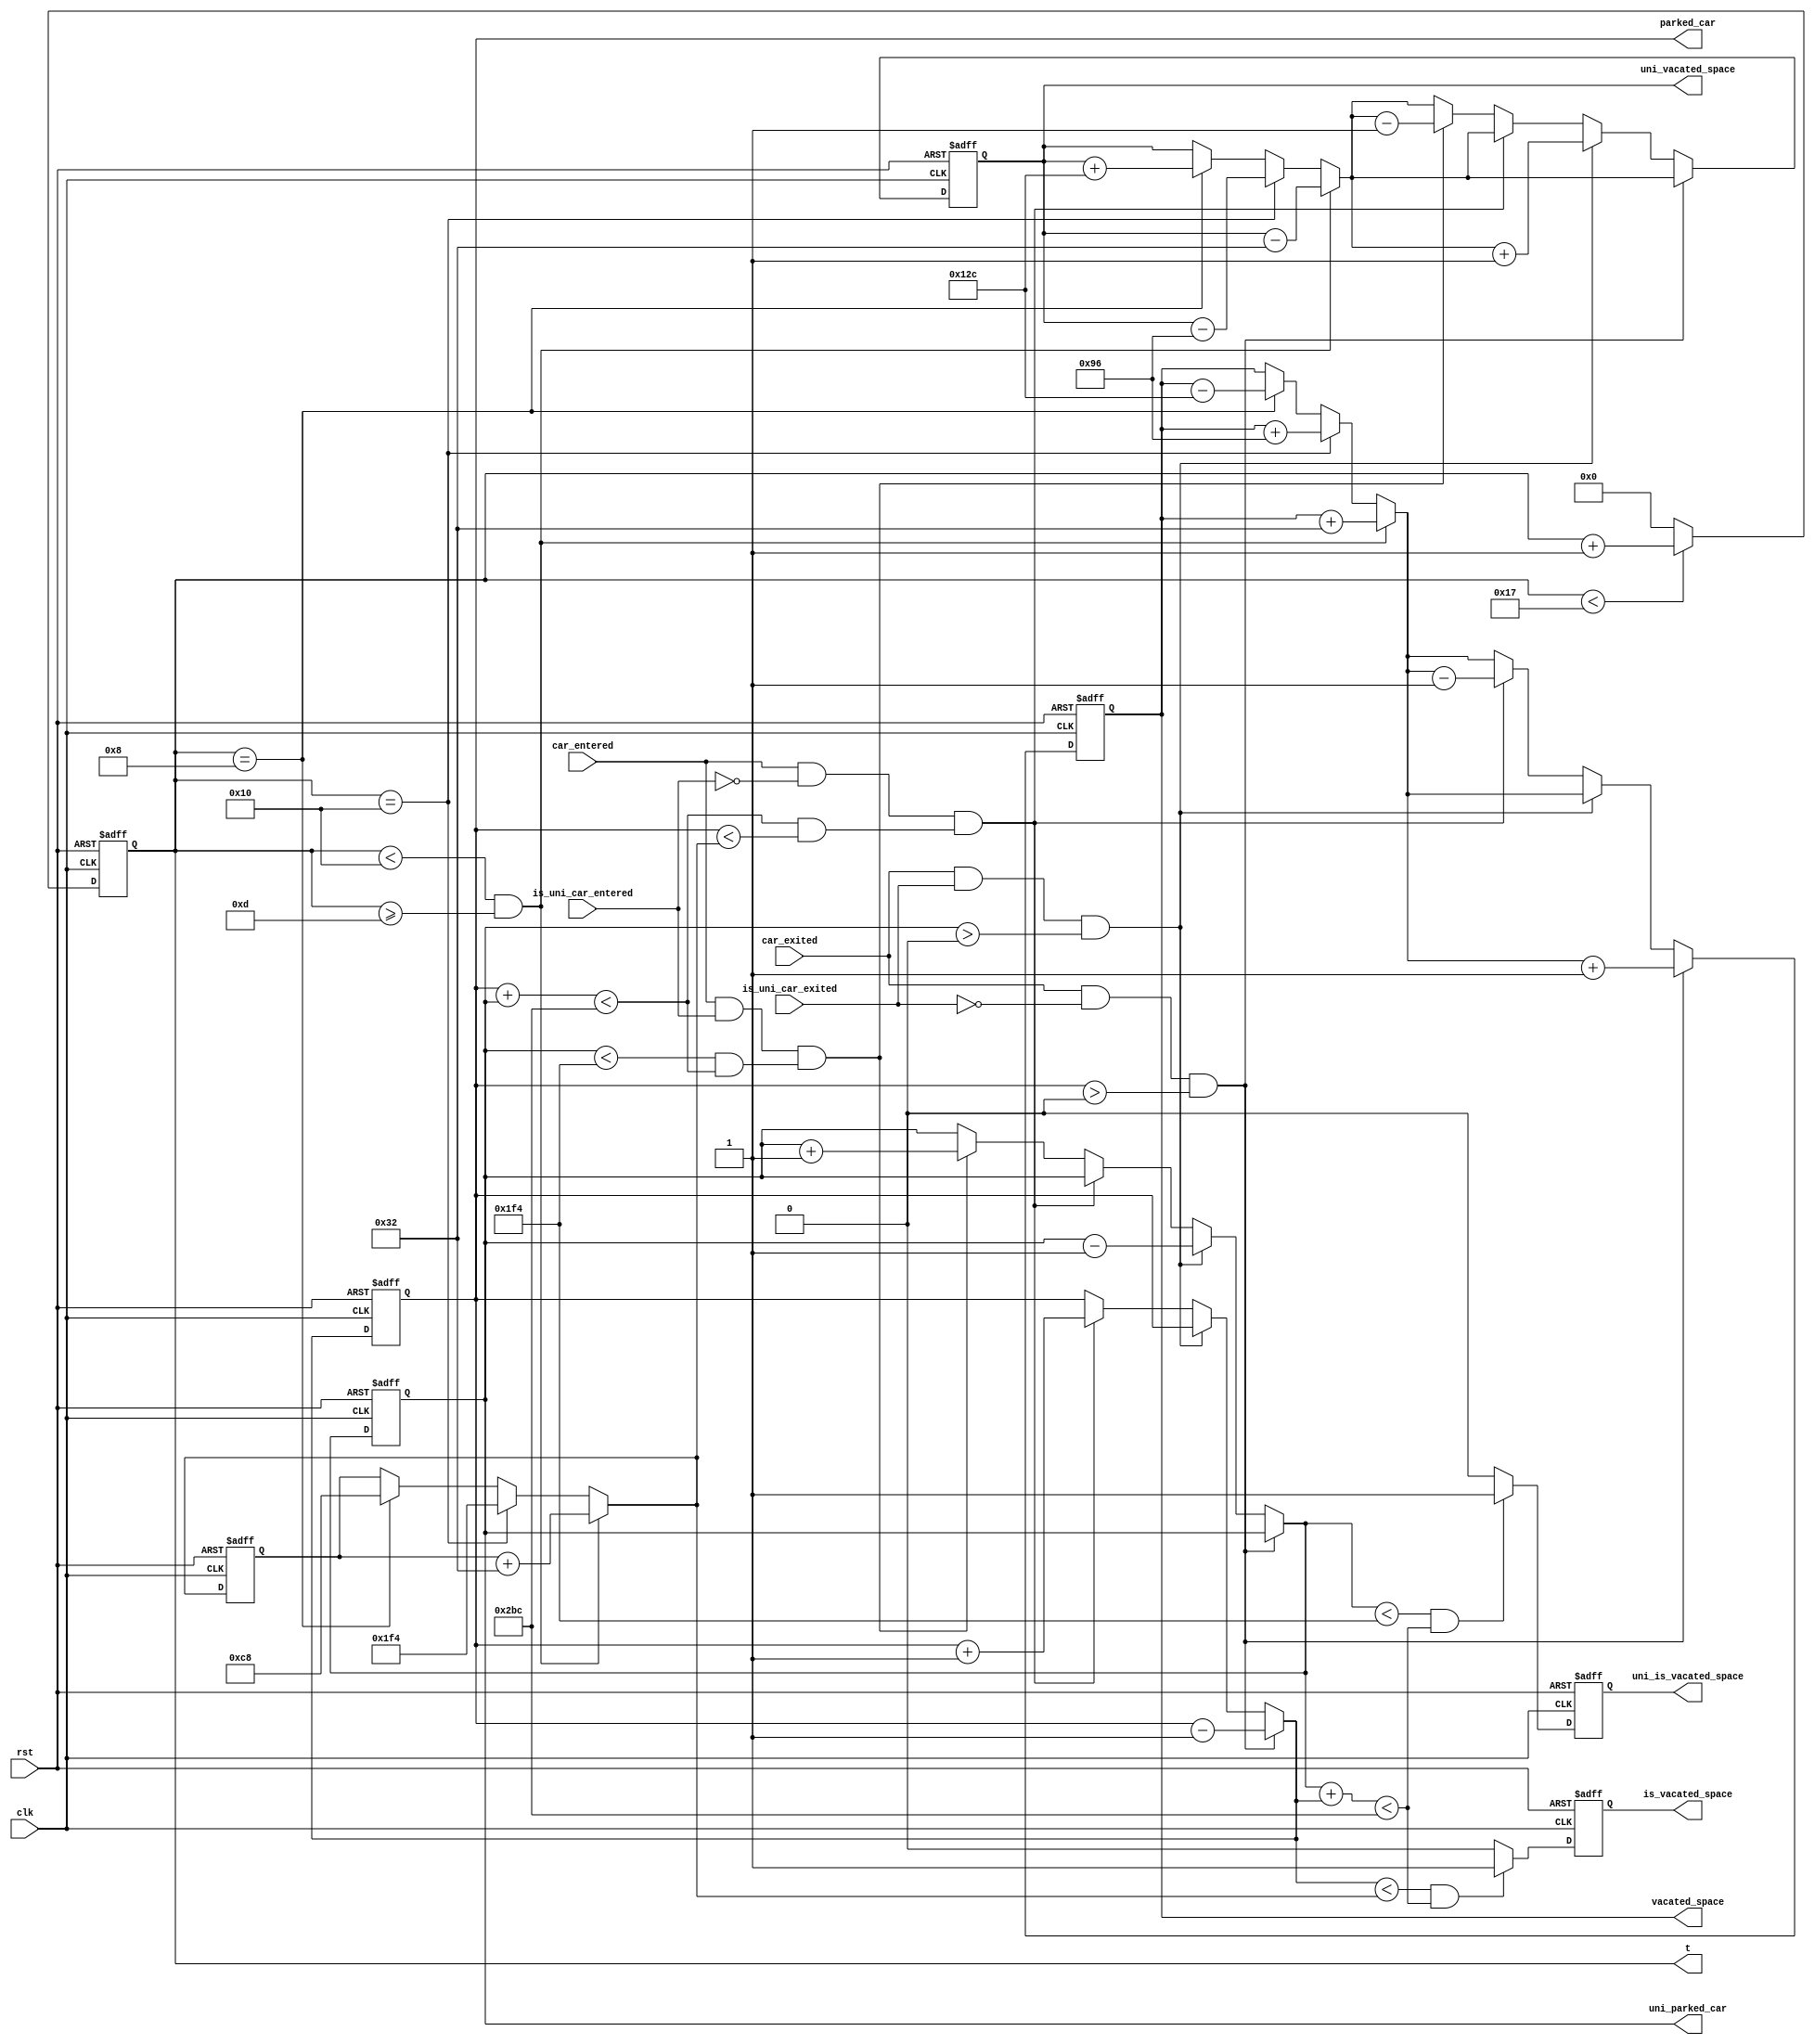
module parking (clk, rst, car_entered, car_exited, is_uni_car_entered, is_uni_car_exited,
 uni_parked_car, parked_car, uni_vacated_space, vacated_space, uni_is_vacated_space, is_vacated_space, t
);
    input clk, rst, car_entered, car_exited, is_uni_car_entered, is_uni_car_exited;
    output reg [9:0] uni_parked_car, parked_car, uni_vacated_space, vacated_space;
    output reg uni_is_vacated_space,  is_vacated_space;
    output reg [4:0] t; //show hour

    reg [9:0] max_vacated_space;

    always @(posedge clk or posedge rst) begin
        if (rst) begin
            t <= 9;
            uni_parked_car <= 0;
            parked_car <= 0;
            uni_vacated_space <= 500;
            vacated_space <= 200;
            max_vacated_space <= 200;
            uni_is_vacated_space <= 1;
            is_vacated_space <= 1;
        end else begin
            if (t < 23) 
                t <= t + 1;
            else
                t <= 0;
            // time signal calculations        
            if (t < 16 && t >= 13) begin
                uni_vacated_space = uni_vacated_space - 50;
                vacated_space = vacated_space + 50;
                max_vacated_space = max_vacated_space + 50;
            end
            else if ( t == 16) begin
                uni_vacated_space = uni_vacated_space - 150;
                vacated_space = vacated_space + 150;
                max_vacated_space = 500;
            end
            else if (t == 8) begin
                uni_vacated_space = uni_vacated_space + 300;
                vacated_space = vacated_space - 300;
                max_vacated_space = 200;
            end 
            // input signals calculations
            if (car_exited && !is_uni_car_exited && parked_car > 0) begin
                    parked_car = parked_car - 1;
                    vacated_space = vacated_space + 1;
            end else if (car_exited && is_uni_car_exited && uni_parked_car > 0) begin
                    uni_parked_car = uni_parked_car - 1;
                    uni_vacated_space = uni_vacated_space + 1;
            end else if (car_entered && !is_uni_car_entered && (parked_car + uni_parked_car < 700 && parked_car < max_vacated_space)) begin
                    vacated_space = vacated_space - 1;
                    parked_car = parked_car + 1;
            end else  if (car_entered && is_uni_car_entered && (uni_parked_car < 500 && uni_parked_car + parked_car < 700)) begin
                    uni_parked_car = uni_parked_car + 1;
                    uni_vacated_space = uni_vacated_space - 1;
            end
            // is_vacated_space calculations
            if (uni_parked_car < 500 && uni_parked_car + parked_car < 700)
                uni_is_vacated_space = 1;
            else 
                uni_is_vacated_space = 0;
            if (parked_car < max_vacated_space && uni_parked_car + parked_car < 700) 
                is_vacated_space = 1;
            else 
                is_vacated_space = 0;
        end
    end
endmodule